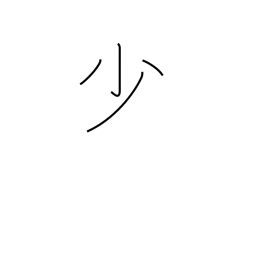
Meaning: few